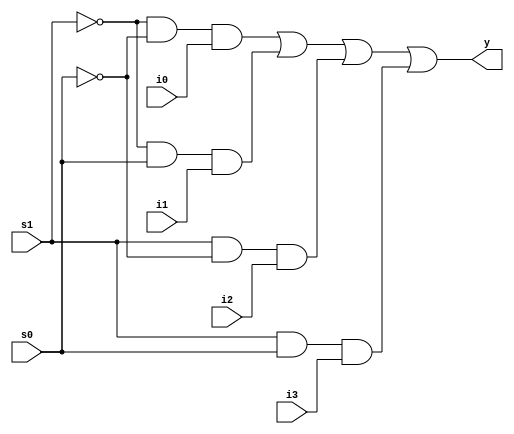
`timescale 1ns / 1ps
//////////////////////////////////////////////////////////////////////////////////
// Company: 
// Engineer: 
// 
// Design Name: 
// Module Name: mux_4_1
// Project Name: 
// Target Devices: 
// Tool Versions: 
// Description: 
// 
// Dependencies: 
// 
// Revision:
// Revision 0.01 - File Created
// Additional Comments:
// 
//////////////////////////////////////////////////////////////////////////////////


module mux_4_1(i0,i1,i2,i3,s0,s1,y);

        input i0,i1,i2,i3;
        input s0,s1;
        output y;
        
        assign y = (~s1 & ~s0 & i0) | (~s1 & s0 & i1) | (s1 & ~s0 & i2) | (s1 & s0 & i3);
        
endmodule